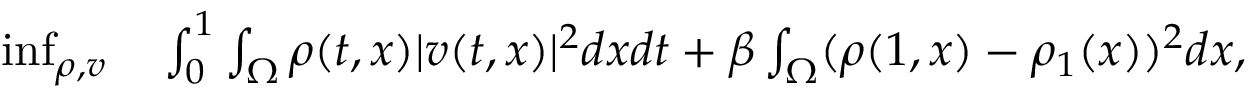
\begin{array} { r l } { \operatorname* { i n f } _ { \rho , v } } & { { } \int _ { 0 } ^ { 1 } \int _ { \Omega } \rho ( t , x ) | v ( t , x ) | ^ { 2 } d x d t + \beta \int _ { \Omega } ( \rho ( 1 , x ) - \rho _ { 1 } ( x ) ) ^ { 2 } d x , } \end{array}